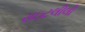
રાઇટલીલી